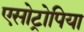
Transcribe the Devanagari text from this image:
एसोट्रोपिया